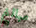
مبالغ